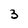
Character: 3